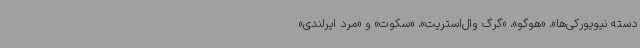
دسته نیویورکی‌ها»، «هوگو»، «گرگ وال‌استریت»، «سکوت» و «مرد ایرلندی»